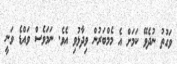
ވަގުތު ނުދެވޭ ކަމަށް އެ މެމްބަރުން ވިދާޅުވި އެވެ. ނަމަވެސް ވައްޑެ ވަނީ